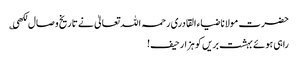
حضرت مولانا ضیاء القادری رحمہ اللہ تعالیٰ نے تاریخ وصال لکھی ؎
راہی ہوئے بہشت بریں کو ہزار حیف!